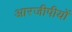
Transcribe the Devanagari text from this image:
आरजीपीयों